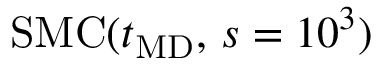
\mathrm { S M C } ( t _ { \mathrm { M D } } , \, s = 1 0 ^ { 3 } )